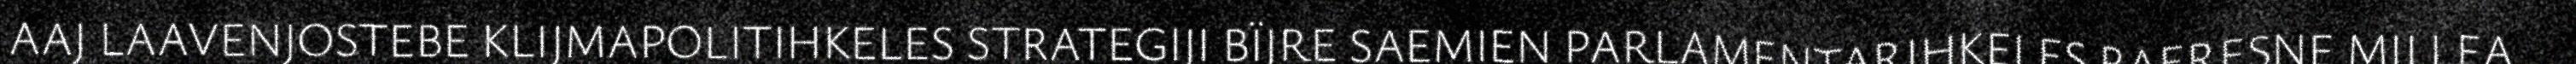
AAJ LAAVENJOSTEBE KLIJMAPOLITIHKELES STRATEGIJI BÏJRE SAEMIEN PARLAMENTARIHKELES RAERESNE MIJ LEA